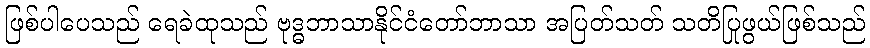
ဖြစ်ပါပေသည် ရေခဲထုသည် ဗုဒ္ဓဘာသာနိုင်ငံတော်ဘာသာ အပြတ်သတ် သတိပြုဖွယ်ဖြစ်သည်